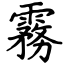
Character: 霧